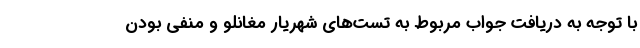
با توجه به دریافت جواب مربوط به تست‌های شهریار مغانلو و منفی بودن